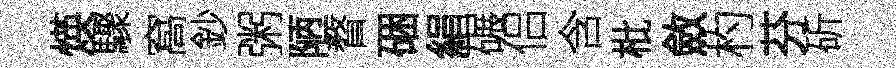
煐驟窩鈔粥陋瞀硱絹碾侣含枇斂杓芬斫